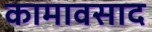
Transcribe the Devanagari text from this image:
कामावसाद